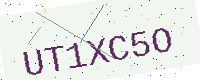
Text: UT1XC5O